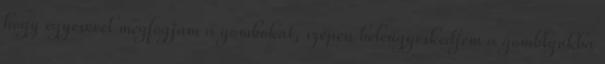
hogy egyesével megfogjam a gombokat, szépen beleügyeskedjem a gomblyukba